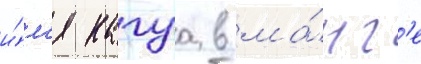
и́м'я кагуа в ма́нг'е